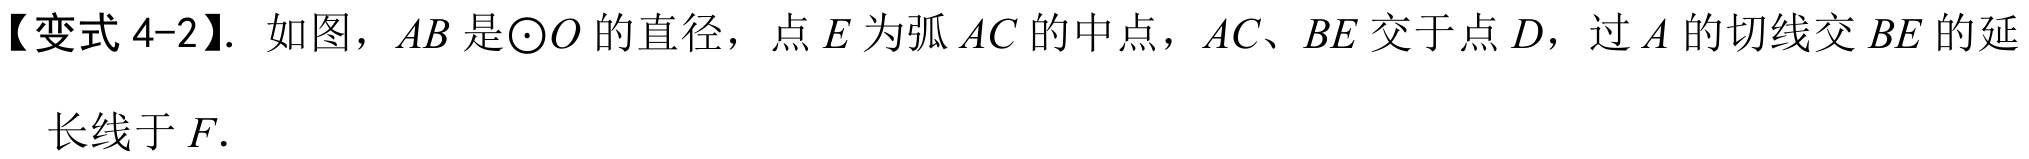
【变式 4-2】. 如图，\(AB\) 是\(\odot O\) 的直径，点 \(E\) 为弧 \(AC\) 的中点，\(AC\)、\(BE\) 交于点 \(D\)，过 \(A\) 的切线交 \(BE\) 的延
长线于 \(F\).